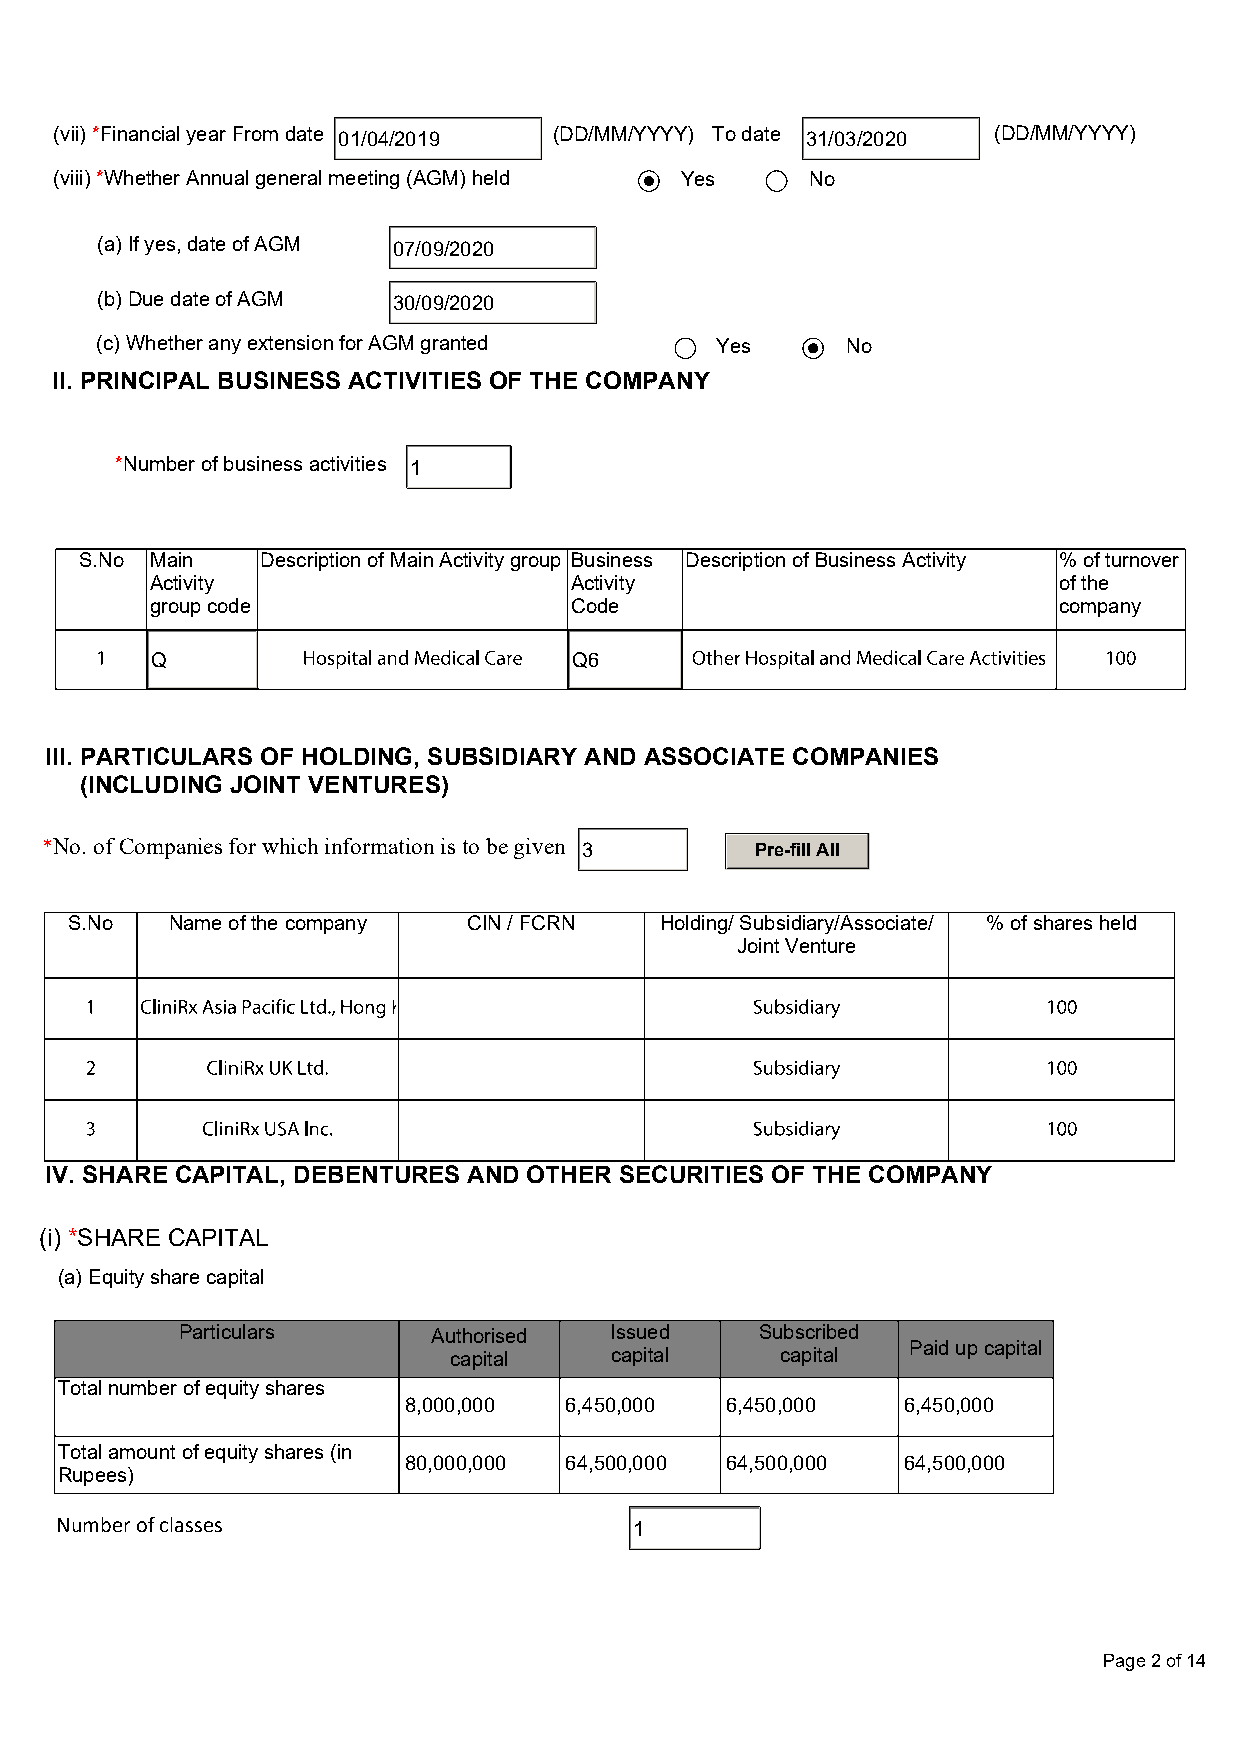
(vii) *Financial year From date 01/04/2019 (DD/MM/YYYY) To date 31/03/2020 (DD/MM/YYYY)
 (viii) *Whether Annual general meeting (AGM) held Yes No
 (a) If yes, date of AGM 07/09/2020
 (b) Due date of AGM 30/09/2020
 (c) Whether any extension for AGM granted Yes     No
 II. PRINCIPAL BUSINESS ACTIVITIES OF THE COMPANY
 *Number of business activities 1
 S.No Main   Description of Main Activity group Business Description of Business Activity % of turnover
 Activity                    Activity                        of the
 group code                  Code                            company
 Q                           Q6
 III. PARTICULARS OF HOLDING, SUBSIDIARY AND ASSOCIATE COMPANIES
 (INCLUDING JOINT VENTURES)
 *No. of Companies for which information is to be given 3 Pre-fill All
 S.No  Name of the company CIN / FCRN   Holding/ Subsidiary/Associate/ % of shares held
 Joint Venture
 IV. SHARE CAPITAL, DEBENTURES AND OTHER SECURITIES OF THE COMPANY
 (i) *SHARE CAPITAL
 (a) Equity share capital
 Particulars      Authorised Issued    Subscribed
 Paid up capital
 capital   capital     capital
 Total number of equity shares
 8,000,000 6,450,000  6,450,000   6,450,000
 Total amount of equity shares (in
 80,000,000 64,500,000 64,500,000 64,500,000
 Rupees)
 Number of classes                     1
 Page 2 of 14